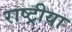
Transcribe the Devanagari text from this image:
राष्ट्रीया